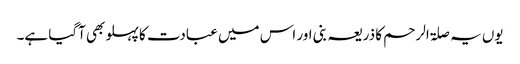
یوں یہ صلۃ الرحم کا ذریعہ بنی اور اس میں عبادت کا پہلو بھی آگیا ہے۔